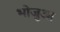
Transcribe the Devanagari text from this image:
भोजुआ